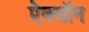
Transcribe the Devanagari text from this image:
ऐक्सॉन